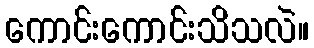
ကောင်းကောင်းသိသလဲ။